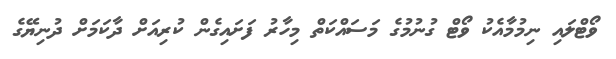
ވޯޓްލައި ނިމުމާއެކު ވޯޓް ގުނުމުގެ މަސައްކަތް މިހާރު ފަށައިގެން ކުރިއަށް ދާކަމަށް ދުނިޔޭގެ